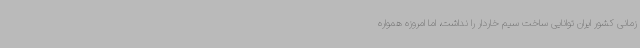
زمانی کشور ایران توانایی ساخت سیم خاردار را نداشت، اما امروزه همواره